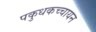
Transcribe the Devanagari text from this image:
पकुधकच्चायन